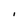
Character: I